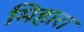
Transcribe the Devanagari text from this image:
मिहारा